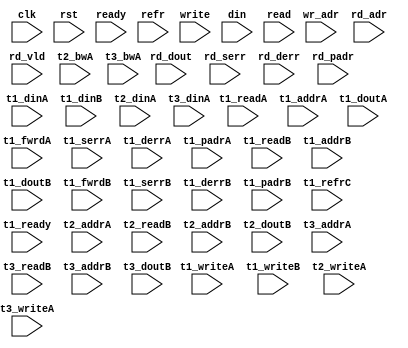
/*
 * Copyright (C) 2011 Memoir Systems Inc. These coded instructions, statements, and computer programs are
 * Confidential Proprietary Information of Memoir Systems Inc. and may not be disclosed to third parties
 * or copied in any form, in whole or in part, without the prior written consent of Memoir Systems Inc.
 * 
 * */

module algo_2r1w_a182_sva_wrap
#(parameter IP_WIDTH = 90, parameter IP_BITWIDTH = 7, parameter IP_DECCBITS = 8, parameter IP_NUMADDR = 393216, parameter IP_BITADDR = 19, 
parameter IP_NUMVBNK = 32,	parameter IP_BITVBNK = 5, parameter IP_BITPBNK = 6,
parameter IP_ENAEXT = 0, parameter IP_ENAECC = 0, parameter IP_ENAPAR = 0, parameter IP_SECCBITS = 5, parameter IP_SECCDWIDTH = 6, 
parameter FLOPECC = 0, parameter FLOPIN = 0, parameter FLOPOUT = 0, parameter FLOPCMD = 0, parameter FLOPMEM = 0,
parameter IP_REFRESH = 0, parameter IP_REFFREQ = 6,  parameter IP_REFFRHF = 0,

parameter T1_WIDTH = 90, parameter T1_NUMVBNK = 32, parameter T1_BITVBNK = 5, parameter T1_DELAY = 1, parameter T1_NUMVROW = 12288, parameter T1_BITVROW = 14,
parameter T1_BITWSPF = 0, parameter T1_NUMWRDS = 1, parameter T1_BITWRDS = 0, parameter T1_NUMSROW = 12288, parameter T1_BITSROW = 14, parameter T1_PHYWDTH = 90,

parameter T1_IP_WIDTH = 90, parameter T1_IP_BITWIDTH = 7, parameter T1_IP_NUMADDR = 12288, parameter T1_IP_BITADDR = 14, parameter T1_IP_NUMVBNK = 6, parameter T1_IP_BITVBNK = 3,
parameter T1_IP_SECCBITS = 4, parameter T1_IP_SECCDWIDTH = 2, parameter T1_FLOPIN = 0, parameter T1_FLOPOUT = 0, parameter T1_FLOPMEM = 0,
parameter T1_IP_REFRESH = 0, parameter T1_IP_REFFREQ = 21, parameter T1_IP_REFFRHF = 0, parameter T1_IP_BITPBNK = 3,

parameter T1_T1_WIDTH = 90, parameter T1_T1_NUMVBNK = 6, parameter T1_T1_BITVBNK = 3, parameter T1_T1_DELAY = 1, parameter T1_T1_NUMVROW = 2048, parameter T1_T1_BITVROW = 11,
parameter T1_T1_BITWSPF = 0, parameter T1_T1_NUMWRDS = 1, parameter T1_T1_BITWRDS = 0, parameter T1_T1_NUMSROW = 2048, parameter T1_T1_BITSROW = 11, parameter T1_T1_PHYWDTH = 90,
parameter T1_T1_NUMRBNK = 8, parameter T1_T1_BITRBNK = 3, parameter T1_T1_NUMRROW = 256, parameter T1_T1_BITRROW = 8, parameter T1_T1_NUMPROW = 2048, parameter T1_T1_BITPROW = 11,
parameter T1_T1_BITDWSN = 8, 
parameter T1_T1_NUMDWS0 = 0, parameter T1_T1_NUMDWS1 = 0, parameter T1_T1_NUMDWS2 = 0, parameter T1_T1_NUMDWS3 = 0,
parameter T1_T1_NUMDWS4 = 0, parameter T1_T1_NUMDWS5 = 0, parameter T1_T1_NUMDWS6 = 0, parameter T1_T1_NUMDWS7 = 0,
parameter T1_T1_NUMDWS8 = 0, parameter T1_T1_NUMDWS9 = 0, parameter T1_T1_NUMDWS10 = 0, parameter T1_T1_NUMDWS11 = 0,
parameter T1_T1_NUMDWS12 = 0, parameter T1_T1_NUMDWS13 = 0, parameter T1_T1_NUMDWS14 = 0, parameter T1_T1_NUMDWS15 = 0,

parameter T1_T2_WIDTH = 90, parameter T1_T2_NUMVBNK = 1, parameter T1_T2_BITVBNK = 0, parameter T1_T2_DELAY = 1, parameter T1_T2_NUMVROW = 2048, parameter T1_T2_BITVROW = 11,
parameter T1_T2_BITWSPF = 0, parameter T1_T2_NUMWRDS = 1, parameter T1_T2_BITWRDS = 0, parameter T1_T2_NUMSROW = 2048, parameter T1_T2_BITSROW = 11, parameter T1_T2_PHYWDTH = 90,
parameter T1_T2_NUMRBNK = 8, parameter T1_T2_BITRBNK = 3, parameter T1_T2_NUMRROW = 256, parameter T1_T2_BITRROW = 8, parameter T1_T2_NUMPROW = 2048, parameter T1_T2_BITPROW = 11,
//Not delcaring DWSN for T1_T2

parameter T3_WIDTH = 90, parameter T3_NUMVBNK = 6, parameter T3_BITVBNK = 3, parameter T3_DELAY = 1, parameter T3_NUMVROW = 12288, parameter T3_BITVROW = 14,
parameter T3_BITWSPF = 0, parameter T3_NUMWRDS = 1, parameter T3_BITWRDS = 0, parameter T3_NUMSROW = 12288, parameter T3_BITSROW = 14, parameter T3_PHYWDTH = 90,

parameter T2_WIDTH = 17, parameter T2_NUMVBNK = 6, parameter T2_BITVBNK = 3, parameter T2_DELAY = 1, parameter T2_NUMVROW = 12288, parameter T2_BITVROW = 14,
parameter T2_BITWSPF = 0, parameter T2_NUMWRDS = 1, parameter T2_BITWRDS = 0, parameter T2_NUMSROW = 12288, parameter T2_BITSROW = 14, parameter T2_PHYWDTH = 17)
( clk,  rst,  ready,  refr,
  write,   wr_adr,   din,
  read,   rd_adr,   rd_dout,   rd_vld,   rd_serr,   rd_derr,   rd_padr,
  t1_readA, t1_writeA, t1_addrA, t1_dinA, t1_doutA, t1_fwrdA, t1_serrA, t1_derrA, t1_padrA,
  t1_readB, t1_writeB, t1_addrB, t1_dinB, t1_doutB, t1_fwrdB, t1_serrB, t1_derrB, t1_padrB, t1_refrC, t1_ready,
  t2_writeA,   t2_addrA,   t2_dinA,   t2_bwA,   
  t2_readB,   t2_addrB,   t2_doutB,
  t3_writeA,   t3_addrA,   t3_dinA,   t3_bwA,   
  t3_readB,   t3_addrB,   t3_doutB);
  
  parameter NUMRDPT = 2;
  parameter NUMRWPT = 0;
  parameter NUMWRPT = 1;
  
  parameter WIDTH = IP_WIDTH;
  parameter BITWDTH = IP_BITWIDTH;
  parameter ENAEXT = IP_ENAEXT;
  parameter ENAPAR = IP_ENAPAR;
  parameter ENAECC = IP_ENAECC;
  parameter ECCWDTH = IP_DECCBITS;
  parameter NUMADDR = IP_NUMADDR;
  parameter BITADDR = IP_BITADDR;
  parameter NUMVROW1 = T1_NUMVROW;  // ALGO1 Parameters
  parameter BITVROW1 = T1_BITVROW;
  parameter NUMVBNK1 = IP_NUMVBNK;
  parameter BITVBNK1 = IP_BITVBNK;
  parameter BITPBNK1 = IP_BITPBNK;
  parameter FLOPIN1 = FLOPIN;
  parameter FLOPOUT1 = FLOPOUT;
  parameter NUMWRDS1 = 1;     // ALIGN Parameters
  parameter BITWRDS1 = 0;
  parameter NUMSROW1 = T1_NUMSROW;
  parameter BITSROW1 = T1_BITVROW;
  parameter PHYWDTH1 = IP_WIDTH;
  parameter NUMVROW2 = T1_T1_NUMVROW;   // ALGO2 Parameters
  parameter BITVROW2 = T1_T1_BITVROW;
  parameter NUMVBNK2 = T1_IP_NUMVBNK;
  parameter BITVBNK2 = T1_IP_BITVBNK;
  parameter BITPBNK2 = T1_IP_BITPBNK;
  parameter FLOPIN2 = 1;
  parameter FLOPOUT2 = 1;
  parameter NUMWRDS2 = T1_T1_NUMWRDS;     // ALIGN Parameters
  parameter BITWRDS2 = T1_T1_BITWRDS;
  parameter NUMSROW2 = T1_T1_NUMSROW;
  parameter BITSROW2 = T1_T1_BITSROW;
  parameter PHYWDTH2 = T1_T1_PHYWDTH;
  parameter REFRESH = IP_REFRESH;      // REFRESH Parameters 
  parameter NUMRBNK = T1_T1_NUMRBNK;
  parameter BITWSPF = T1_T1_BITWSPF;
  parameter BITRBNK = T1_T1_BITRBNK;
  parameter REFLOPW = 0;
  parameter NUMRROW = T1_T1_NUMRROW;
  parameter BITRROW = T1_T1_BITRROW;
  parameter REFFREQ = IP_REFFREQ;
  parameter REFFRHF = IP_REFFRHF;
  
  parameter BITDWSN = T1_T1_BITDWSN;        //DWSN Parameters
  parameter NUMDWS0 = T1_T1_NUMDWS0;
  parameter NUMDWS1 = T1_T1_NUMDWS1;
  parameter NUMDWS2 = T1_T1_NUMDWS2;
  parameter NUMDWS3 = T1_T1_NUMDWS3;
  parameter NUMDWS4 = T1_T1_NUMDWS4;
  parameter NUMDWS5 = T1_T1_NUMDWS5;
  parameter NUMDWS6 = T1_T1_NUMDWS6;
  parameter NUMDWS7 = T1_T1_NUMDWS7;
  parameter NUMDWS8 = T1_T1_NUMDWS8;
  parameter NUMDWS9 = T1_T1_NUMDWS9;
  parameter NUMDWS10 = T1_T1_NUMDWS10;
  parameter NUMDWS11 = T1_T1_NUMDWS11;
  parameter NUMDWS12 = T1_T1_NUMDWS12;
  parameter NUMDWS13 = T1_T1_NUMDWS13;
  parameter NUMDWS14 = T1_T1_NUMDWS14;
  parameter NUMDWS15 = T1_T1_NUMDWS15;
  
  parameter ECCBITS = IP_SECCBITS;
  parameter SRAM_DELAY = T2_DELAY;
  parameter DRAM_DELAY = T1_T1_DELAY;

  parameter MEMWDTH = ENAEXT ? WIDTH : ENAPAR ? WIDTH+1 : ENAECC ? WIDTH+ECCWDTH : WIDTH;
  parameter BITPADR2 = BITPBNK2+BITSROW2+BITWRDS2;
  parameter BITPADR1 = BITPBNK1+BITPADR2+1;

  parameter SDOUT_WIDTH = 2*(BITVBNK1+1)+ECCBITS;
  parameter NUMCASH = NUMRDPT+NUMRWPT+NUMWRPT-1;

  input                                            refr;

  input  [NUMWRPT - 1:0]            write; 
  input  [NUMWRPT* BITADDR - 1:0]     wr_adr; 
  input  [NUMWRPT* WIDTH - 1:0]        din;

  input  [NUMRDPT - 1:0]             read; 
  input  [NUMRDPT* BITADDR - 1:0]     rd_adr; 
  input [NUMRDPT* WIDTH - 1:0]     rd_dout; 
  input [NUMRDPT - 1:0]             rd_vld; 
  input [NUMRDPT - 1:0]             rd_serr; 
  input [NUMRDPT - 1:0]             rd_derr; 
  input [NUMRDPT* BITPADR1 - 1:0]     rd_padr;

  input                         ready;
  input                          clk, rst;

  input [NUMVBNK1-1:0] t1_readA;
  input [NUMVBNK1-1:0] t1_writeA;
  input [NUMVBNK1*BITVROW1-1:0] t1_addrA;
  input [NUMVBNK1*PHYWDTH2-1:0] t1_dinA;
  input [NUMVBNK1*PHYWDTH2-1:0] t1_doutA;
  input [NUMVBNK1-1:0] t1_fwrdA;
  input [NUMVBNK1-1:0] t1_serrA;
  input [NUMVBNK1-1:0] t1_derrA;
  input [NUMVBNK1*BITPADR2-1:0] t1_padrA;
  input [NUMVBNK1-1:0] t1_readB;
  input [NUMVBNK1-1:0] t1_writeB;
  input [NUMVBNK1*BITVROW1-1:0] t1_addrB;
  input [NUMVBNK1*PHYWDTH2-1:0] t1_dinB;
  input [NUMVBNK1*PHYWDTH2-1:0] t1_doutB;
  input [NUMVBNK1-1:0] t1_fwrdB;
  input [NUMVBNK1-1:0] t1_serrB;
  input [NUMVBNK1-1:0] t1_derrB;
  input [NUMVBNK1*BITPADR2-1:0] t1_padrB;
  input [NUMVBNK1-1:0] t1_refrC;
  input [NUMVBNK1-1:0] t1_ready;

  parameter SHORTWR = 3;
  input [SHORTWR*NUMCASH*(NUMRWPT+NUMWRPT)-1:0] t2_writeA;
  input [SHORTWR*NUMCASH*(NUMRWPT+NUMWRPT)*BITVROW1-1:0] t2_addrA;
  input [SHORTWR*NUMCASH*(NUMRWPT+NUMWRPT)*SDOUT_WIDTH-1:0] t2_dinA;
  input [SHORTWR*NUMCASH*(NUMRWPT+NUMWRPT)*SDOUT_WIDTH-1:0] t2_bwA;
  input [NUMCASH*(NUMRDPT+NUMRWPT+NUMWRPT)-1:0] t2_readB;
  input [NUMCASH*(NUMRDPT+NUMRWPT+NUMWRPT)*BITVROW1-1:0] t2_addrB;
  input  [NUMCASH*(NUMRDPT+NUMRWPT+NUMWRPT)*SDOUT_WIDTH-1:0] t2_doutB;

  input [SHORTWR*NUMCASH*(NUMRWPT+NUMWRPT)-1:0] t3_writeA;
  input [SHORTWR*NUMCASH*(NUMRWPT+NUMWRPT)*BITVROW1-1:0] t3_addrA;
  input [SHORTWR*NUMCASH*(NUMRWPT+NUMWRPT)*WIDTH-1:0] t3_dinA;
  input [SHORTWR*NUMCASH*(NUMRWPT+NUMWRPT)*WIDTH-1:0] t3_bwA;
  input [NUMCASH*(NUMRDPT+NUMRWPT+NUMWRPT)-1:0] t3_readB;
  input [NUMCASH*(NUMRDPT+NUMRWPT+NUMWRPT)*BITVROW1-1:0] t3_addrB;
  input  [NUMCASH*(NUMRDPT+NUMRWPT+NUMWRPT)*WIDTH-1:0] t3_doutB;

endmodule